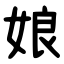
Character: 娘